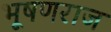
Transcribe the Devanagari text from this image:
भूषणराज